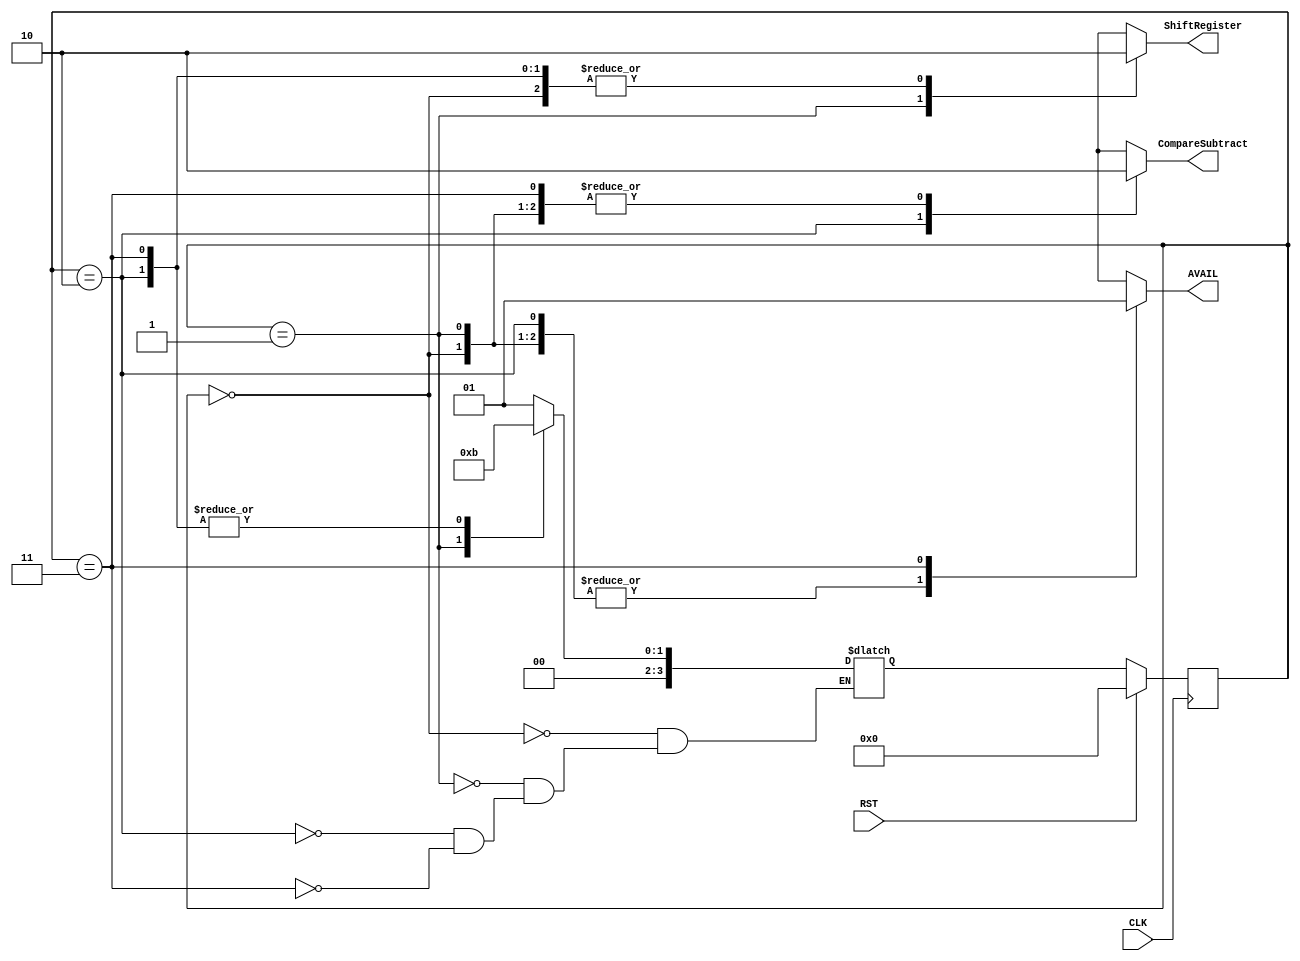
`timescale 1ns / 1ps

module Controller #(parameter WL = 4)
                   (input CLK, RST,
                    output reg CompareSubtract, // Control signal
                    output reg ShiftRegister,
                    output reg AVAIL); // Flag for denoting finished division           
      
reg [WL-1:0] state, next_state;

localparam Idle      = 0, // Reset
           Operation = 1, // rh && rl are shifted to the left
           Last      = 2, // Operation
           Done      = 3; // Asserting "avail" signal to indicate the division is complete         
           
    // STATE REGISTER SEQUENTIAL LOGIC
    always @ (posedge CLK) begin
        if (RST)
            state <= Idle;
        else
            state <= next_state;
    end
    
    // NEXT STATE COMBINATIONAL LOGIC
    always @ (state) begin
        case (state)
            Idle: begin
                next_state = Operation;        
            end
            Operation: begin
                next_state = Last;
            end
            Last: begin
                next_state = Done;
            end
            Done: begin
                next_state = Done;
            end
        endcase
    end
    
    // OUTPUT COMBINATIONAL LOGIC
    always @ (state) begin
        case (state)
            Idle: begin
                CompareSubtract = 1'b0;
                ShiftRegister = 1'b0;
                AVAIL = 1'b0;
            end
            Operation: begin
                CompareSubtract = 1'b0;
                ShiftRegister = 1'b1;
                AVAIL = 1'b0;
            end
            Last: begin
                CompareSubtract = 1'b1;
                ShiftRegister = 1'b0;
                AVAIL = 1'b0;
            end
            Done: begin
                CompareSubtract = 1'b0;
                ShiftRegister = 1'b0;
                AVAIL = 1'b1;
            end
            default: begin
                CompareSubtract = 1'bx;
                ShiftRegister = 1'bx;
                AVAIL = 1'bx;
            end
        endcase
    end        
                    
endmodule